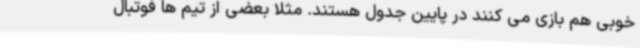
خوبی هم بازی می کنند در پایین جدول هستند. مثلا بعضی از تیم ها فوتبال